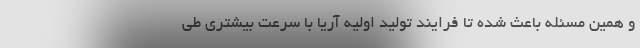
و همین مسئله باعث شده تا فرایند تولید اولیه آریا با سرعت بیشتری طی